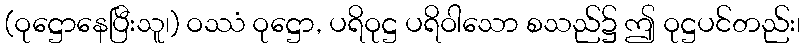
(ဝုဋ္ဌောနေပြီးသူ၊) ဝဿံ ဝုဋ္ဌော, ပရိဝုဋ္ဌ ပရိဝါသော စသည်၌ ဤ ဝုဋ္ဌပင်တည်း၊